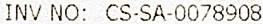
INV NO: CS-SA-0078908